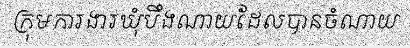
ក្រុមការងារឃុំបឹងណាយដែលបានចំណាយ